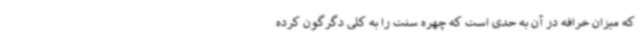
که میزان خرافه در آن به حدی است که چهره سنت را به کلی دگرگون کرده